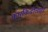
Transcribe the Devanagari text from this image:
कारकिर्दीलाही